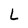
Character: L